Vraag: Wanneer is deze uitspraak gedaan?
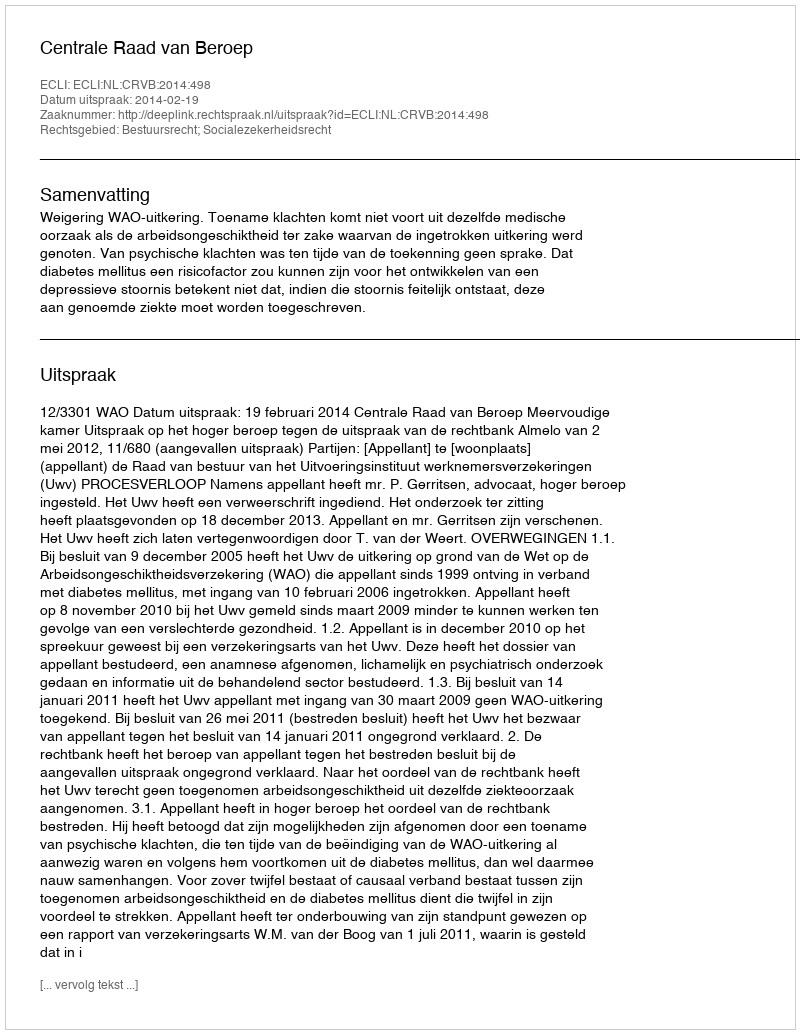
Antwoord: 2014-02-19